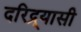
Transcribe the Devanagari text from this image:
दरिद्र्यासी